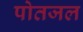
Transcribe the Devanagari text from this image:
पोतजल